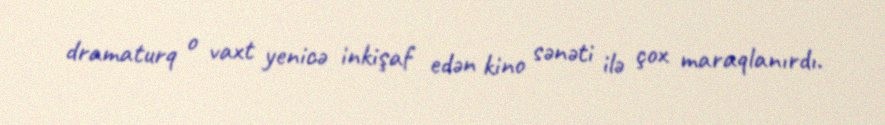
dramaturq o vaxt yenicə inkişaf edən kino sənəti ilə çox maraqlanırdı.